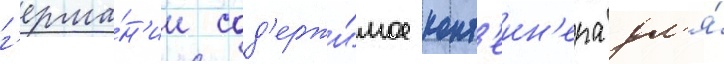
г'ерма́н'ии сод'ержи́мое конт'еин'ера дл'я́